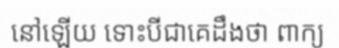
នៅឡើយ ទោះបីជាគេដឹងថា ពាក្យ